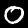
Digit: 0